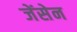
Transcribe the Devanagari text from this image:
जेंसेन